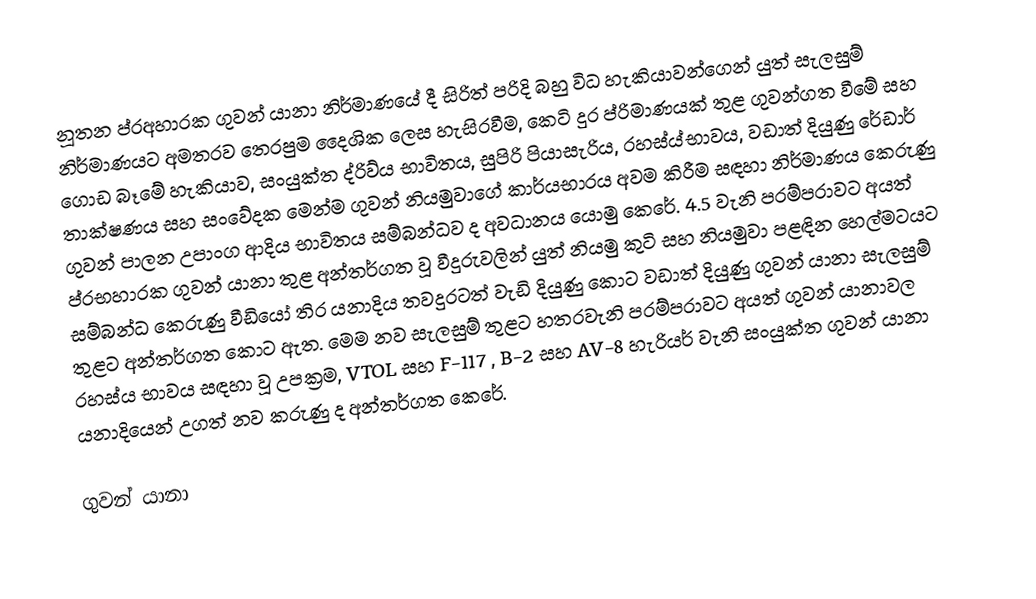
නූතන ප්රඅහාරක ගුවන් යානා නිර්මාණයේ දී සිරිත් පරිදි බහු විධ හැකියාවන්ගෙන් යුත් සැලසුම් නිර්මාණයට අමතරව තෙරපුම දෛශික ලෙස හැසිරවීම, කෙටි දුර ප්රිමාණයක් තුළ ගුවන්ගත වීමේ සහ ගොඩ බෑමේ හැකියාව, සංයුක්ත ද්රිව්ය  භාවිතය, සුපිරි පියාසැරිය, රහස්ය්භාවය, වඩාත් දියුණු රේඩාර් තාක්ෂණය සහ සංවේදක මෙන්ම ගුවන් නියමුවාගේ කාර්යභාරය අවම කිරීම සඳහා නිර්මාණය කෙ‍රුණු ගුවන් පාලන උපාංග ආදිය භාවිතය සම්බන්ධව ද අවධානය යොමු කෙරේ. 4.5 වැනි පරම්පරාවට අයත් ප්රභහාරක ගුවන් යානා තුළ අන්තර්ගත වූ වීදුරුවලින් යුත් නියමු කුටි සහ නියමුවා පළඳින හෙල්මටයට සම්බන්ධ කෙරුණු වීඩියෝ තිර යනාදිය තවදුරටත් වැඩි දියුණු කොට වඩාත් දියුණු ගුවන් යානා සැලසුම් තුළට අන්තර්ගත කොට ඇත. මෙම නව සැලසුම් තුළට හතරවැනි පරම්පරාවට අයත් ගුවන් යානාවල රහස්ය භාවය සඳහා වූ උපක්‍රම, VTOL සහ F-117 , B-2 සහ AV-8 හැරියර් වැනි සංයුක්ත ගුවන් යානා යනාදියෙන් උගත් නව කරුණු ද අන්තර්ගත කෙරේ.

ගුවන් යානා